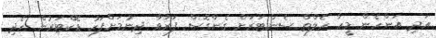
އަދި އަންހެން މީހާ ހެލްތް ސެންޓަރަށް ގެންގޮސް ފަރުވާ ދިނުމަށްފަހު ޑޮކްޓަރުން ހެދި